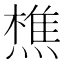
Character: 𬋈